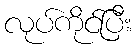
လုပ်ကိုင်ပြီး